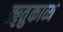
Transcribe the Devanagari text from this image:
ॠतुकाव्य